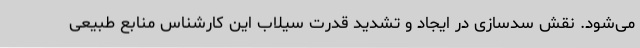
می‌شود. نقش سدسازی در ایجاد و تشدید قدرت سیلاب این کارشناس منابع طبیعی